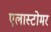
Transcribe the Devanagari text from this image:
एलास्टोमर